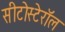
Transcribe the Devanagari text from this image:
सीटोस्टेरॉल